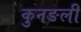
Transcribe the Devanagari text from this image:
कुनङली